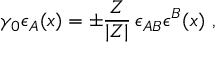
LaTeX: \gamma _ { 0 } \epsilon _ { A } ( x ) = \pm \frac { Z } { | Z | } \, \epsilon _ { A B } \epsilon ^ { B } ( x ) \ ,